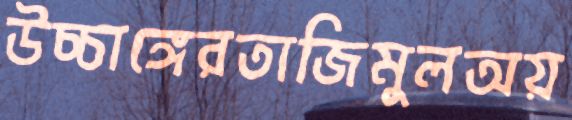
উচ্চাঙ্গেরতাজিমুলঅয়